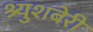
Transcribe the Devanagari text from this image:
श्र्युशबेरी